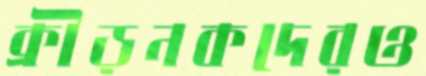
ক্রীড়নকদেরও